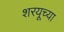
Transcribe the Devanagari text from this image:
शरयूच्या